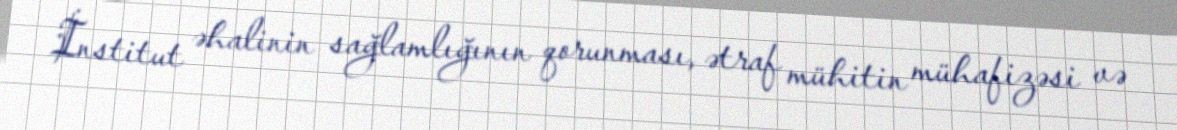
İnstitut əhalinin sağlamlığının qorunması, ətraf mühitin mühafizəsi və